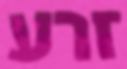
זרע